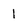
Character: 1